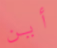
أين